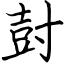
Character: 尌